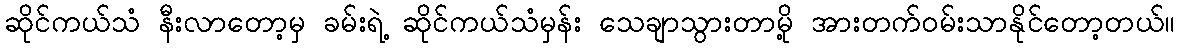
ဆိုင်ကယ်သံ နီးလာတော့မှ ခမ်းရဲ့ ဆိုင်ကယ်သံမှန်း သေချာသွားတာမို့ အားတက်ဝမ်းသာနိုင်တော့တယ်။